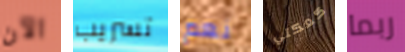
الآن تسريب نعم كعكتي ربما